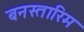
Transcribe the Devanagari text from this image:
बनस्तारिम